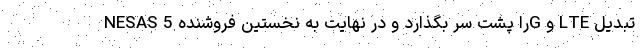
NESAS را پشت سر بگذارد و در نهایت به نخستین فروشنده 5G و LTE تبدیل